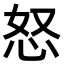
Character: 怒